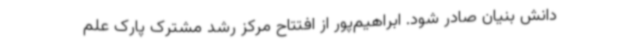
دانش بنیان صادر شود. ابراهیم‌پور از افتتاح مرکز رشد مشترک پارک علم